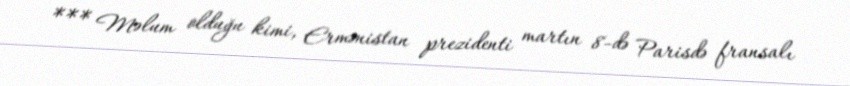
*** Məlum olduğu kimi, Ermənistan prezidenti martın 8-də Parisdə fransalı